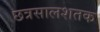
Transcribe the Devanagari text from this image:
छत्रसालशतक